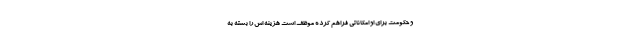
و حکومت برای او امکاناتی فراهم کرده موظف است هزینه اش را بسته به